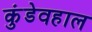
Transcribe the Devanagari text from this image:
कुंडेवहाल